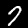
Label: 7